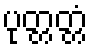
ပုတ္တတ္တံ